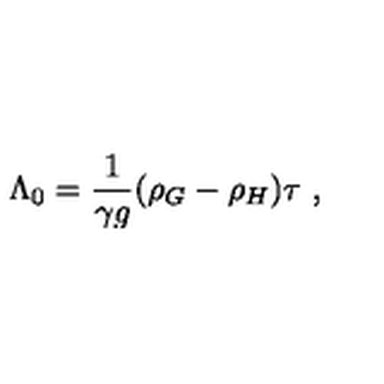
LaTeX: \Lambda _ { 0 } = { \frac { 1 } { \gamma g } } ( \rho _ { G } - \rho _ { H } ) \tau \ ,